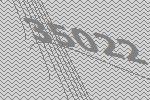
35022